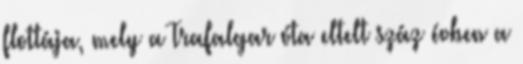
flottája, mely a Trafalgar óta eltelt száz évben a